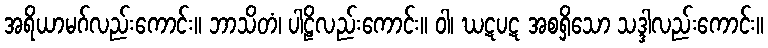
အရိယာမဂ်လည်းကောင်း။ ဘာသိတံ၊ ပါဠိလည်းကောင်း။ ဝါ၊ ဃဋပဋ အစရှိသော သဒ္ဒါလည်းကောင်း။